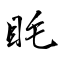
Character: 眊